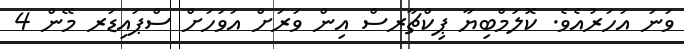
ވަނަ އަހަރުއެވެ. ކޮލަމްބިޔާ ޕިކްޗާރސް އިން ވަރަށް އަވަހަށް ސްޕައިޑަރ މޭން 4